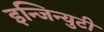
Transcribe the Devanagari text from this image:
इन्जिन्युटी